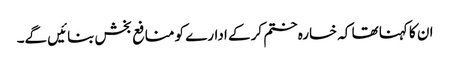
ان کا کہنا تھا کہ خسارہ ختم کر کے ادارے کو منافع بخش بنائیں گے۔